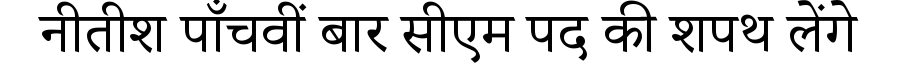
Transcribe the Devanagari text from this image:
नीतीश पाँचवीं बार सीएम पद की शपथ लेंगे